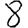
Digit: 8